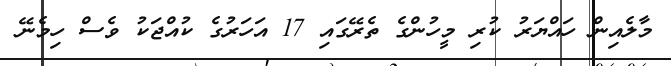
މާލެއިން ހައްޔަރު ކުރި މީހުންގެ ތެރޭގައި 17 އަހަރުގެ ކުއްޖަކު ވެސް ހިމެނޭ